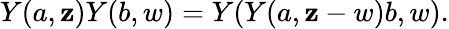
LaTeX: Y(a,\mathbf{z})Y(b,w)=Y(Y(a,\mathbf{z}-w)b,w).